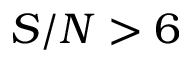
S / N > 6